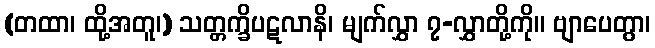
(တထာ၊ ထို့အတူ၊) သတ္တက္ခိပဋလာနိ၊ မျက်လွှာ ၇-လွှာတို့ကို။ ဗျာပေတွာ၊